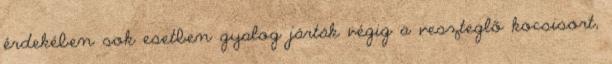
érdekében sok esetben gyalog járták végig a veszteglő kocsisort,